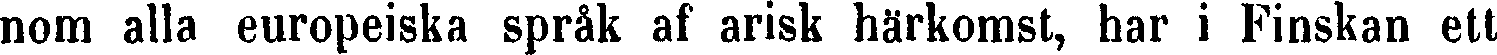
nom alla europeiska språk af arisk härkomst, har i Finskan ett